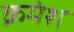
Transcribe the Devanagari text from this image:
क्रमंश